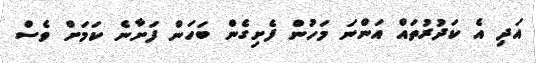
އަދި އެ ކަދުރުތައް އަންނަ މަހުން ފެށިގެން ބަހަން ފަށާނެ ކަމަށް ވެސް